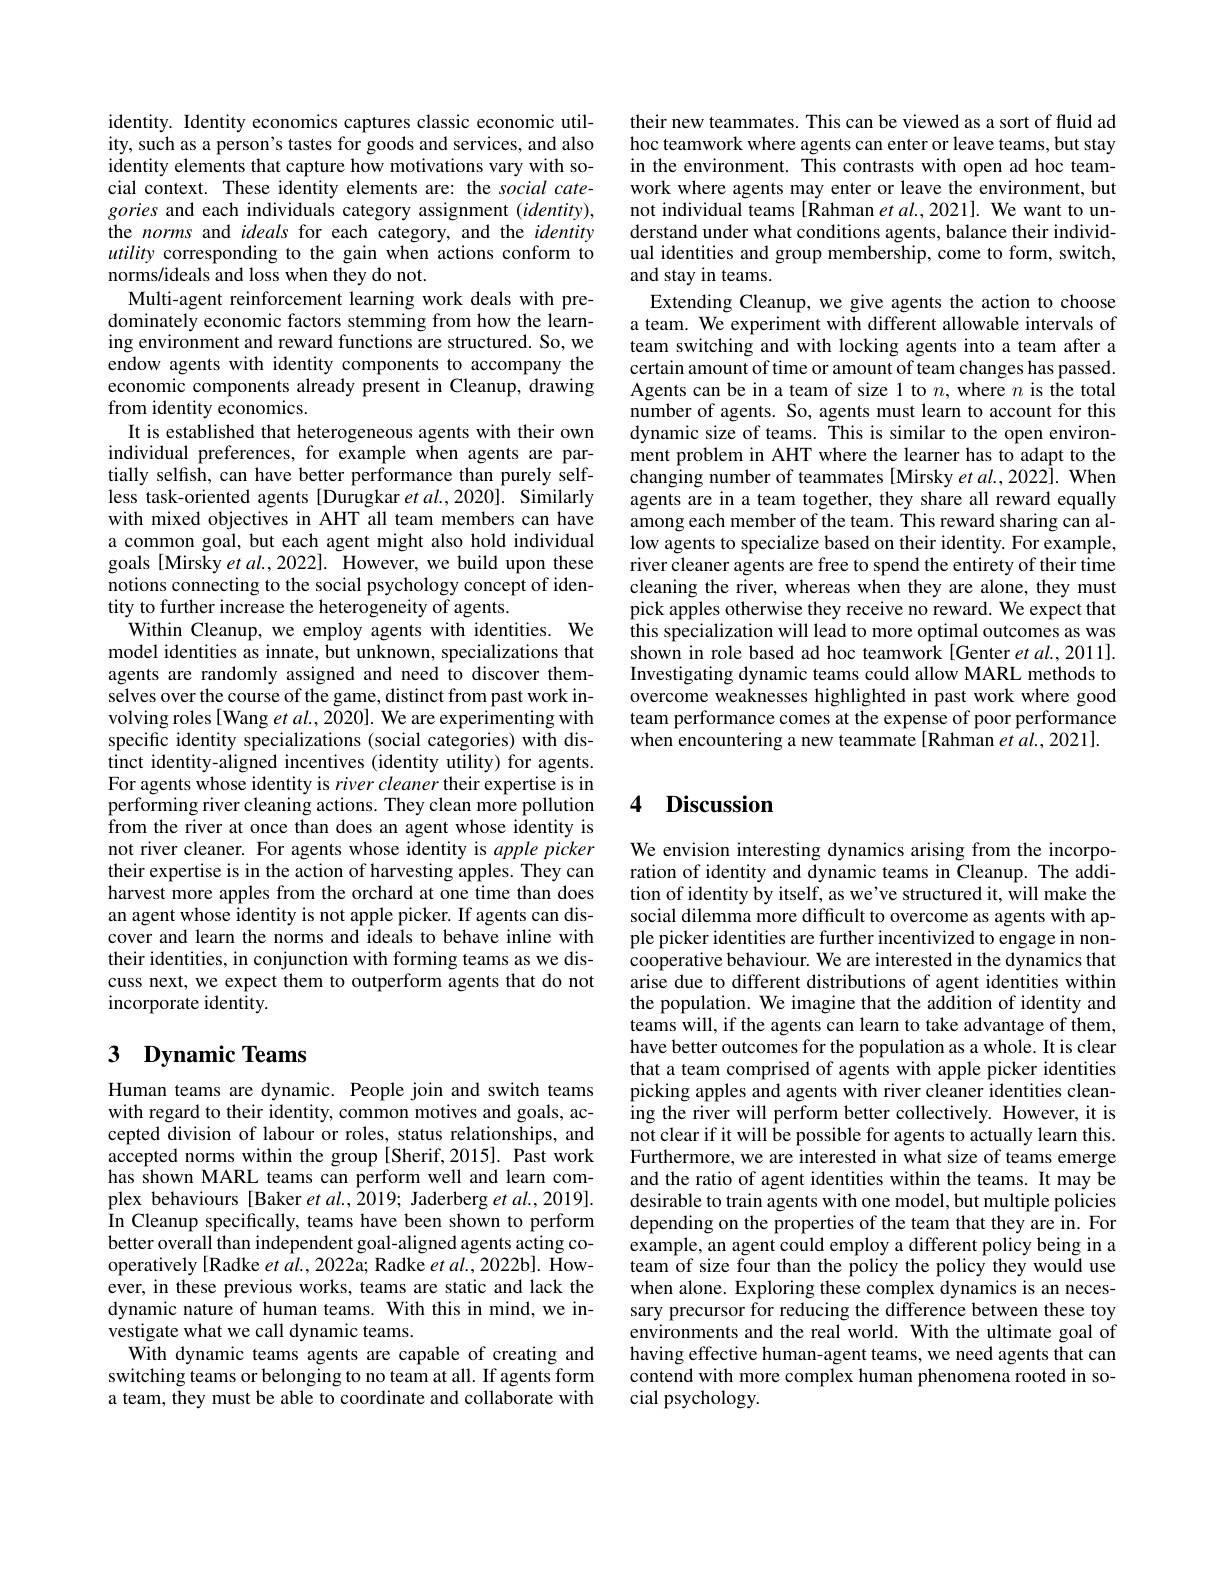
identity. Identity economics captures classic economic utility, such as a person's tastes for goods and services, and also $\dot{\text{identity elements that capture how motivations vary with so-}}$ cial context. These identity elements are: the social categories and each individuals category assignment $(identity)$, the norms and ideals for each category, and the identity utility corresponding to the gain when actions conform to norms/ideals and loss when they do not.
Multi-agent reinforcement learning work deals with predominately economic factors stemming from how the learning environment and reward functions are structured. So, we endow agents with identity components to accompany the economic components already present in Cleanup, drawing from identity economics.
It is established that heterogeneous agents with their own individual preferences, for example when agents are partially selfish, can have better performance than purely selfless task-oriented agents [Durugkar et al.,2020]. Similarly with mixed objectives in AHT all team members can have a common goal, but each agent might also hold individual goals [Mirsky et al., 2022]. However, we build upon these notions connecting to the social psychology concept of identity to further increase the heterogeneity of agents.
Within Cleanup, we employ agents with identities. We model identities as innate, but unknown, specializations that agents are randomly assigned and need to discover themselves over the course of the game, distinct from past work involving roles[Wang $etal.,2020].$ We are experimenting with specific identity specializations (social categories) with distinct identity-aligned incentives (identity utility) for agents. For agents whose identity is river cleaner their expertise is in performing river cleaning actions. They clean more pollution from the river at once than does an agent whose identity is not river cleaner. For agents whose identity is apple picker their expertise is in the action of harvesting apples. They can harvest more apples from the orchard at one time than does an agent whose identity is not apple picker. If agents can discover and learn the norms and ideals to behave inline with their identities, in conjunction with forming teams as we discuss next, we expect them to outperform agents that do not incorporate identity.

## 3 Dynamic Teams

Human teams are dynamic. People join and switch teams with regard to their identity, common motives and goals, accepted division of labour or roles, status relationships, and accepted norms within the group[Sherif,2015]. Past work has shown MARL teams can perform well and learn complex behaviours [Baker $etal.,2019;$ Jaderberg et $al.,2019].$ In Cleanup specifically, teams have been shown to perform better overall than independent goal-aligned agents acting cooperatively [Radke et al., 2022a; Radke et al., 2022b]. However, in these previous works, teams are static and lack the dynamic nature of human teams. With this in mind, we investigate what we call dynamic teams.
With dynamic teams agents are capable of creating and switching teams or belonging to no team at all. If agents form a team, they must be able to coordinate and collaborate with

their new teammates. This can be viewed as a sort of fluid ad hoc teamwork where agents can enter or leave teams, but stay in the environment. This contrasts with open ad hoc teamwork where agents may enter or leave the environment, but not individual teams [Rahman et al.,2021]. We want to understand under what conditions agents, balance their individual identities and group membership, come to form, switch, and stay in teams.
Extending Cleanup, we give agents the action to choose a team. We experiment with different allowable intervals of team switching and with locking agents into a team after a certain amount of time or amount of team changes has passed. Agents can be in a team of size 1 to $n$,where $n$ is the total number of agents. So, agents must learn to account for this dynamic size of teams. This is similar to the open environment problem in AHT where the learner has to adapt to the changing number of teammates [Mirsky et al., 2022]. When agents are in a team together, they share all reward equally among each member of the team. This reward sharing can allow agents to specialize based on their identity. For example, river cleaner agents are free to spend the entirety of their time cleaning the river, whereas when they are alone, they must pick apples otherwise they receive no reward. We expect that this specialization will lead to more optimal outcomes as was shown in role based ad hoc teamwork [Genter et al., 2011]. Investigating dynamic teams could allow MARL methods to overcome weaknesses highlighted in past work where good team performance comes at the expense of poor performance when encountering a new teammate [Rahman et al., 2021].

## 4 Discussion

We envision interesting dynamics arising from the incorporation of identity and dynamic teams in Cleanup. The addition of identity by itself, as we've structured it, will make the social dilemma more difficult to overcome as agents with apple picker identities are further incentivized to engage in noncooperative behaviour. We are interested in the dynamics that arise due to different distributions of agent identities within the population. We imagine that the addition of identity and teams will, if the agents can learn to take advantage of them, have better outcomes for the population as a whole. It is clear that a team comprised of agents with apple picker identities picking apples and agents with river cleaner identities cleaning the river will perform better collectively. However, it is not clear if it will be possible for agents to actually learn this. Furthermore, we are interested in what size of teams emerge and the ratio of agent identities within the teams. It may be desirable to train agents with one model, but multiple policies depending on the properties of the team that they are in. For example, an agent could employ a different policy being in a team of size four than the policy the policy they would use when alone. Exploring these complex dynamics is an necessary precursor for reducing the difference between these toy environments and the real world. With the ultimate goal of having effective human-agent teams, we need agents that can contend with more complex human phenomena rooted in social psychology.